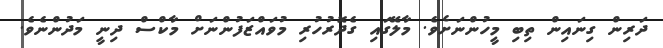
ދަރިން ގިނައިން ތިބި މީހުންނަށެވެ. މާލޭގައި ގެދޮރުހުރި މުވައްޒަފުންނަށް މާކްސް ދިނީ މަދުންނެވެ.